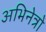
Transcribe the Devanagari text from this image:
अभिनेत्रो